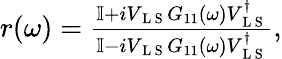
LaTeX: \begin{array}{r}{r(\omega)=\frac{\mathbb{I}+iV_{\mathrm{~L~S~}}G_{11}(\omega)V_{\mathrm{~L~S~}}^{\dagger}}{\mathbb{I}-iV_{\mathrm{~L~S~}}G_{11}(\omega)V_{\mathrm{~L~S~}}^{\dagger}},}\end{array}